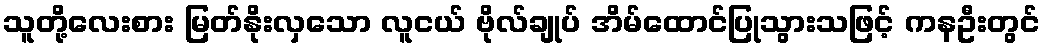
သူတို့လေးစား မြတ်နိုးလှသော လူငယ် ဗိုလ်ချုပ် အိမ်ထောင်ပြုသွားသဖြင့် ကနဦးတွင်